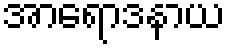
အာရောဒနာယ